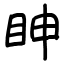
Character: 眒